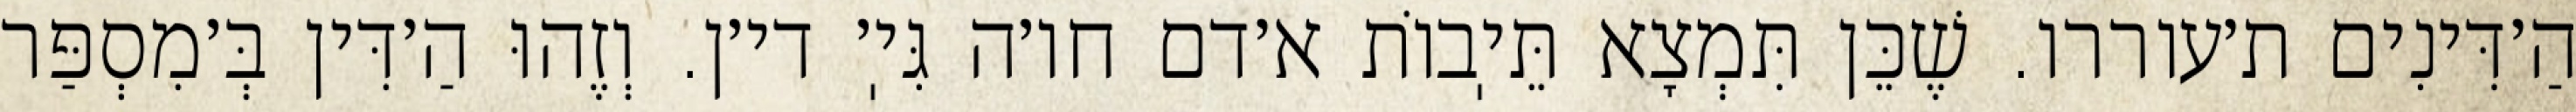
הַ׳דִּינִים ת׳עוררו. שֶׁכֵּן תִּמְצָא תֵּיֽבוֹת א׳דם חו׳ה גִּיֽ׳ די׳ן. וְזֶהוּ הַ׳דִּין בְּ׳מִסְפַּר